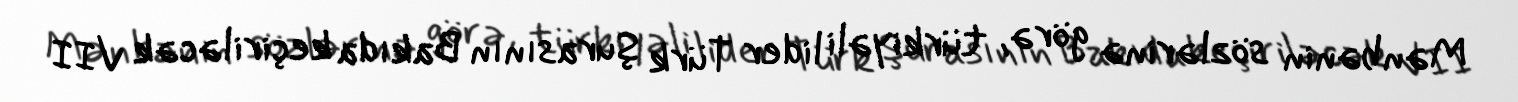
Mənbənin sözlərinə görə, türkiyəli lider Türk Şurasının Bakıda keçiriləcək VII